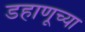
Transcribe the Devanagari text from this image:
डहाणूच्या